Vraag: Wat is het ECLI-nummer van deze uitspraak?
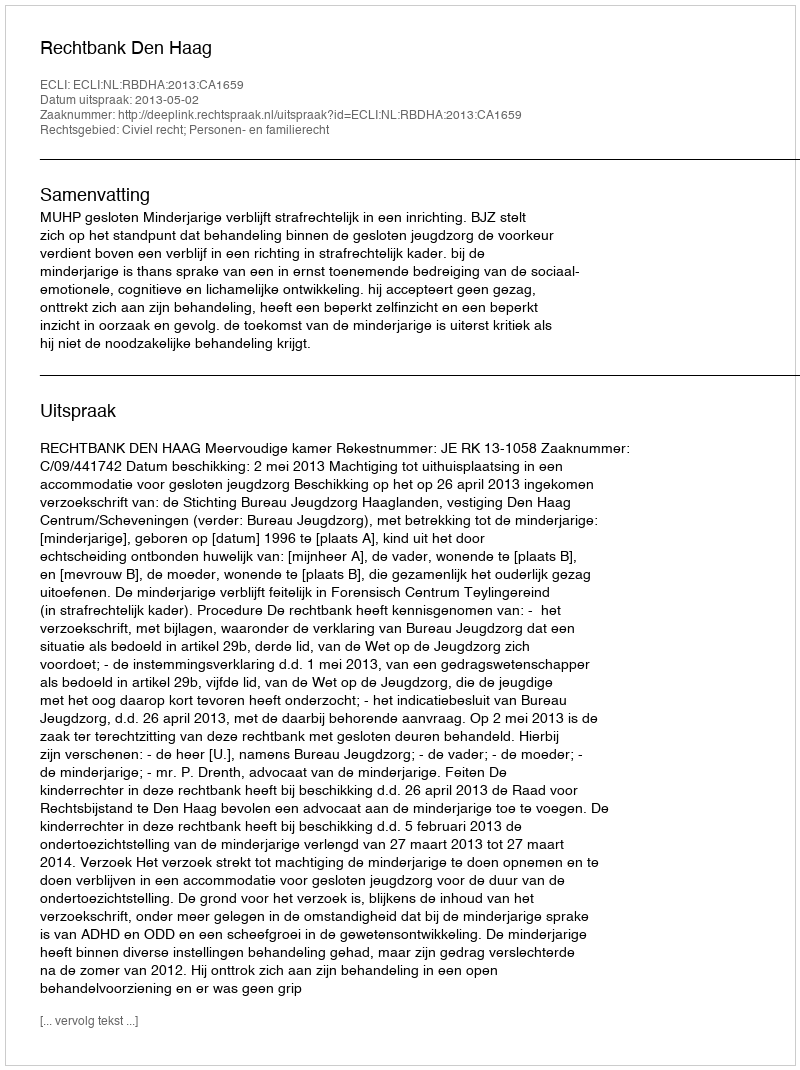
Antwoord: ECLI:NL:RBDHA:2013:CA1659